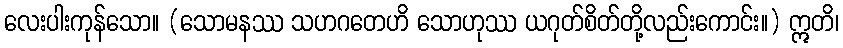
လေးပါးကုန်သော။ (သောမနဿ သဟဂတေဟိ သောဟုဿ ယဂုတ်စိတ်တို့လည်းကောင်း။) ဣတိ၊